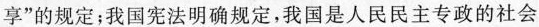
享”的规定；我国宪法明确规定，我国是人民民主专政的社会